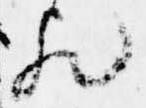
歟